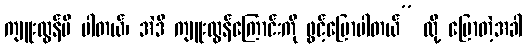
ကျူးလွန်မိ ပါတယ်၊ အဲဒီ ကျူးလွန်ကြောင်းကို ဖွင့်ပြောပါတယ်” လို့ ပြောတဲ့အခါ